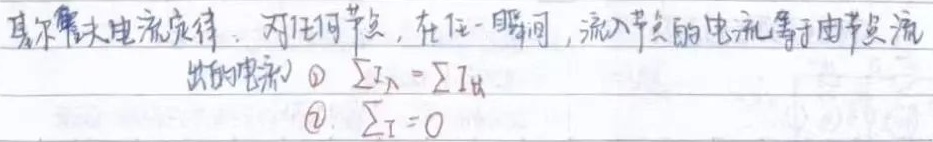
基尔霍夫电流定律：对任何节点，在任一瞬间，流入节点的电流等于由节点流出的电流。
\textcircled{1} $\sum I_{入}=\sum I_{出}$
\textcircled{2} $\sum I = 0$